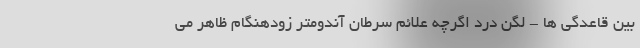
بین قاعدگی ها - لگن درد اگرچه علائم سرطان آندومتر زودهنگام ظاهر می